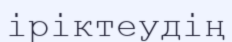
іріктеудің